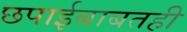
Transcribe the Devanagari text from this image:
छपाईबाबतही